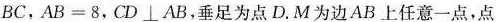
B C$$，$$A B = 8$$，$$C D \bot A B$$，垂足为点D.M为边AB上任意一点，点